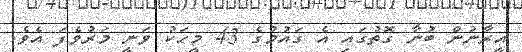
އީރާނުން ބުނާ ގޮތުގައި އެ ގައުމުގެ 43 މީހަކު ވަނީ މަރުވެފަ އެވެ.